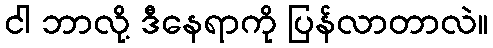
ငါ ဘာလို့ ဒီနေရာကို ပြန်လာတာလဲ။